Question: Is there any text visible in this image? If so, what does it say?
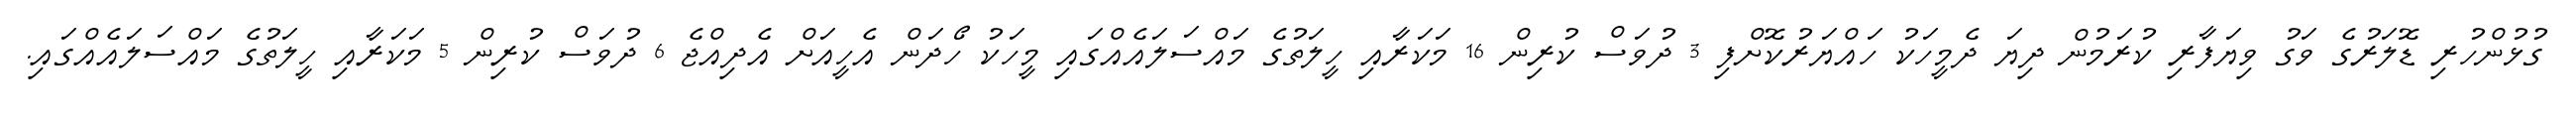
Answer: ގުޅުންހުރި ޑޮލަރުގެ ވަގު ވިޔަފާރި ކުރަމުން ދިޔަ ދެމީހަކު ހައްޔަރުކޮށްފި 3 ދުވަސް ކުރިން 16 މަކަރާއި ހީލަތުގެ މައްސަލައެއްގައި މީހަކު ހޯދަން އެހީއަށް އެދިއްޖެ 6 ދުވަސް ކުރިން 5 މަކަރާއި ހީލަތުގެ މައްސަލައެއްގައި.